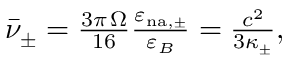
\begin{array} { r } { \bar { \nu } _ { \pm } = \frac { 3 \pi \, \Omega } { 1 6 } \frac { \varepsilon _ { \mathrm { n { a } , \pm } } } { \varepsilon _ { B } } = \frac { c ^ { 2 } } { 3 \kappa _ { \pm } } , } \end{array}